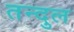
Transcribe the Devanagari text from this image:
तन्दुल